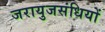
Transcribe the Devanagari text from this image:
जरायुजसंधियों